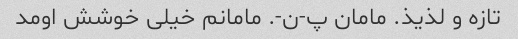
تازه و لذیذ. مامان پ-ن-. مامانم خیلی خوشش اومد